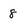
Character: 8